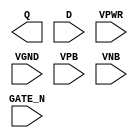
module sky130_fd_sc_lp__dlxtn (
    Q     ,
    D     ,
    GATE_N,
    VPWR  ,
    VGND  ,
    VPB   ,
    VNB
);

    output Q     ;
    input  D     ;
    input  GATE_N;
    input  VPWR  ;
    input  VGND  ;
    input  VPB   ;
    input  VNB   ;
endmodule